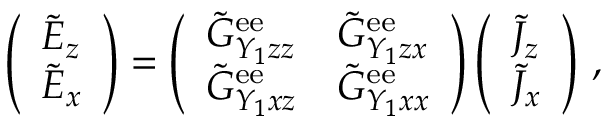
\left( \begin{array} { l } { \tilde { E } _ { z } } \\ { \tilde { E } _ { x } } \end{array} \right) = \left( \begin{array} { l l } { \tilde { G } _ { Y _ { 1 } z z } ^ { \mathrm { e e } } } & { \tilde { G } _ { Y _ { 1 } z x } ^ { \mathrm { e e } } } \\ { \tilde { G } _ { Y _ { 1 } x z } ^ { \mathrm { e e } } } & { \tilde { G } _ { Y _ { 1 } x x } ^ { \mathrm { e e } } } \end{array} \right) \left( \begin{array} { l } { \tilde { J } _ { z } } \\ { \tilde { J } _ { x } } \end{array} \right) \, ,